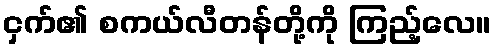
ငှက်၏ စကယ်လီတန်တို့ကို ကြည့်လေ။